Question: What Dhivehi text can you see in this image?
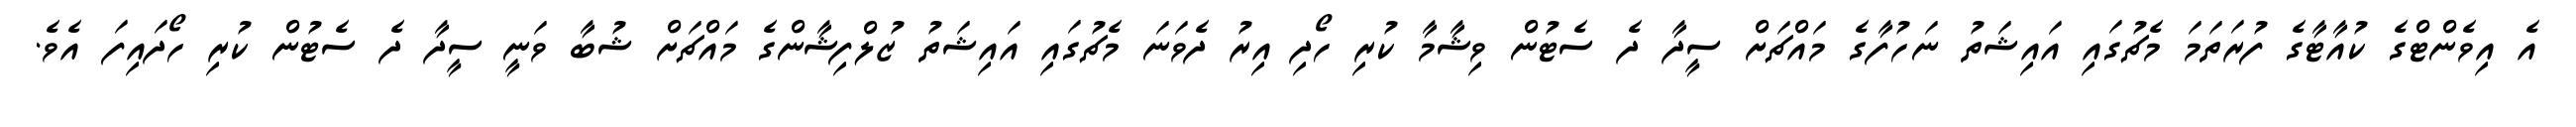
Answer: އެ އިވެންޓްގެ ކުއާޓާގެ ފުރަތަމަ މެޗުގައި އައިޝަތު ނަހުފާގެ މައްޗަށް ސީދާ ދެ ސެޓުން ވިޝާމާ ކުރި ހޯދި އިރު ދެވަނަ މެޗުގައި އައިޝަތު ޒުލްފިޝާންގެ މައްޗަށް ޝުބާ ވަނީ ސީދާ ދެ ސެޓުން ކުރި ހޯދައިފަ އެވެ.